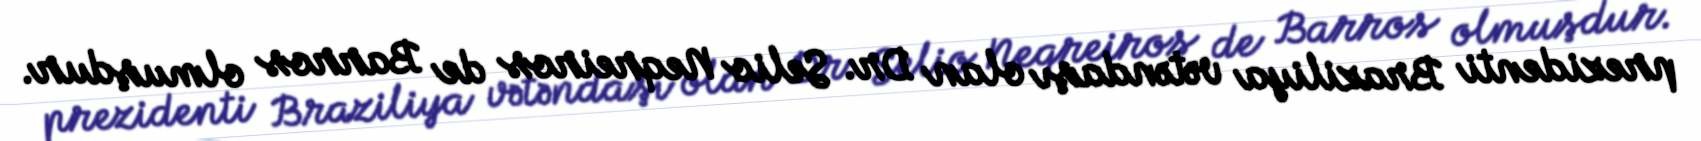
prezidenti Braziliya vətəndaşı olan Dr. Selio Neqreiros de Barros olmuşdur.